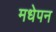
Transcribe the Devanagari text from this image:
मधेपन